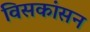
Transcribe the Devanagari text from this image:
विसकांसन